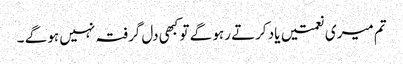
تم میری نعمتیں یاد کرتے رہو گے تو کبھی دل گرفتہ نہیں ہو گے ۔